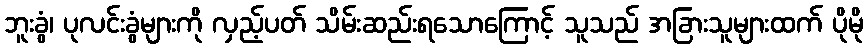
ဘူးခွံ၊ ပုလင်းခွံများကို လှည့်ပတ် သိမ်းဆည်းရသောကြောင့် သူသည် အခြားသူများထက် ပိုမို